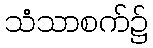
သံသာစက်၌